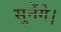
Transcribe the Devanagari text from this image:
सुनेंगे।